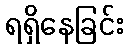
ရရှိနေခြင်း